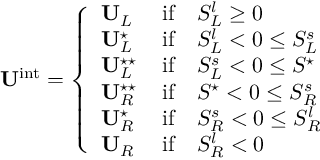
\mathbf { U } ^ { \mathrm { i n t } } = \left\{ \begin{array} { l l } { \mathbf { U } _ { L } \, } & { \mathrm { i f } \quad S _ { L } ^ { l } \geq 0 } \\ { \mathbf { U } _ { L } ^ { \star } \, } & { \mathrm { i f } \quad S _ { L } ^ { l } < 0 \leq S _ { L } ^ { s } } \\ { \mathbf { U } _ { L } ^ { \star \star } \, } & { \mathrm { i f } \quad S _ { L } ^ { s } < 0 \leq S ^ { \star } } \\ { \mathbf { U } _ { R } ^ { \star \star } \, } & { \mathrm { i f } \quad S ^ { \star } < 0 \leq S _ { R } ^ { s } } \\ { \mathbf { U } _ { R } ^ { \star } \, } & { \mathrm { i f } \quad S _ { R } ^ { s } < 0 \leq S _ { R } ^ { l } } \\ { \mathbf { U } _ { R } \, } & { \mathrm { i f } \quad S _ { R } ^ { l } < 0 } \end{array} \right.